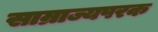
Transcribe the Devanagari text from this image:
साम्राज्यपरक